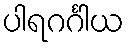
ပါရဂင်္ဂါယ